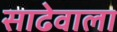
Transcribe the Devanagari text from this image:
साढेवाला